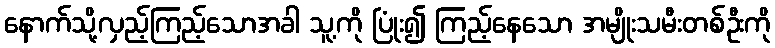
နောက်သို့လှည့်ကြည့်သောအခါ သူ့ကို ပြုံး၍ ကြည့်နေသော အမျိုးသမီးတစ်ဦးကို